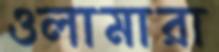
ওলামারা